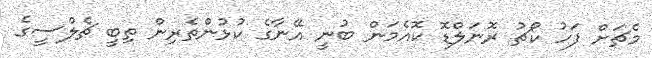
މެޗަށް ފަހު ކޯޗު ރޮނަލްޑޮ ކޮއެމަން ބުނީ އޭނާގެ ކުޅުންތެރިން ތިބީ ޗެލްސީގެ